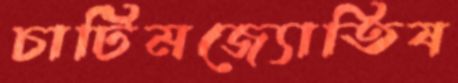
চাটিমজ্যোতিষ